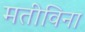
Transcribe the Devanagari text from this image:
मतीविना